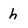
Character: h